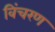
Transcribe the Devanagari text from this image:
विंचरण